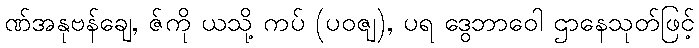
ဏ်အနုဗန်ချေ, ဇ်ကို ယသို့ ကပ် (ပဝဇျ), ပရ ဒွေဘာဝေါ ဌာနေသုတ်ဖြင့်